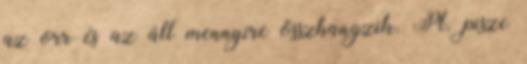
az orr és az áll mennyire összhangzik. Pl. pisze